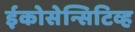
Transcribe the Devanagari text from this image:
ईकोसेन्सिटिव्ह